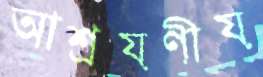
আশ্রয়ণীয়